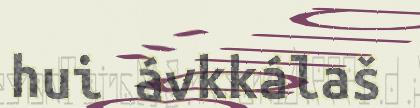
hui ávkkálaš